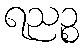
ရညဉ္စ